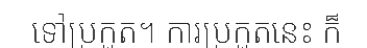
ទៅប្រកួត។ ការប្រកួតនេះ ក៏